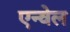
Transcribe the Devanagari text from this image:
एन्वेल